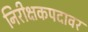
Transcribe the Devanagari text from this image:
निरीक्षकपदावर